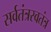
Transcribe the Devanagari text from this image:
सर्वतंत्रस्वतंत्र